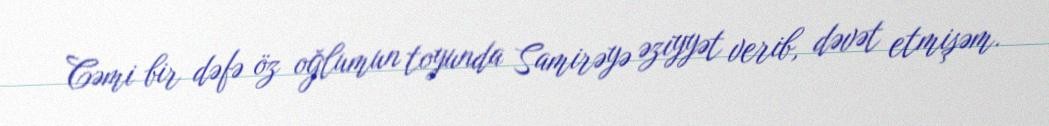
Cəmi bir dəfə öz oğlumun toyunda Samirəyə əziyyət verib, dəvət etmişəm.